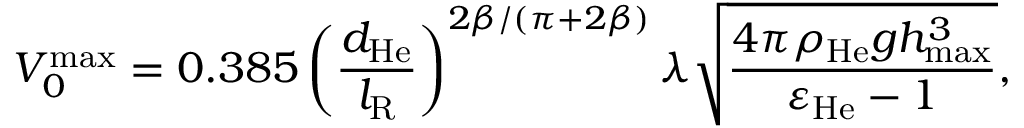
V _ { 0 } ^ { \operatorname* { m a x } } = 0 . 3 8 5 \left( \frac { d _ { \mathrm { H e } } } { l _ { \mathrm { R } } } \right) ^ { 2 \beta / \left( \pi + 2 \beta \right) } \lambda \sqrt { \frac { 4 \pi \rho _ { \mathrm { H e } } g h _ { \operatorname* { m a x } } ^ { 3 } } { \varepsilon _ { \mathrm { H e } } - 1 } } ,